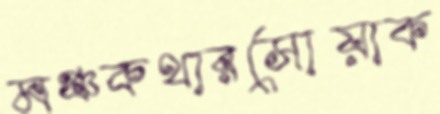
মঞ্চকথারসোয়াক